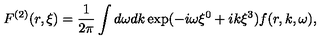
F ^ { ( 2 ) } ( r , \xi ) = \frac { 1 } { 2 \pi } \int d \omega d k \exp ( - i \omega \xi ^ { 0 } + i k \xi ^ { 3 } ) f ( r , k , \omega ) ,